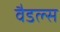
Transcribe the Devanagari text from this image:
वैडल्स